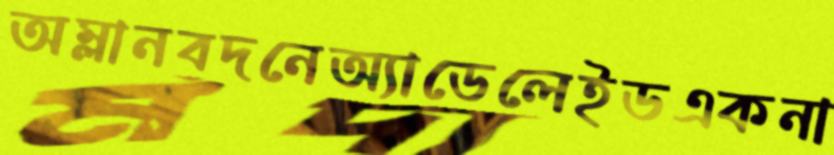
অম্লানবদনেঅ্যাডেলেইডএকনা